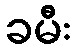
ခမီး